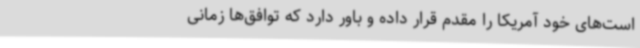
است‌های خود آمریکا را مقدم قرار داده و باور دارد که توافق‌ها زمانی